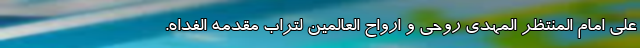
علی امام المنتظر المهدی روحی و ارواح العالمین لتراب مقدمه الفداه.